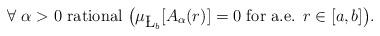
LaTeX: \begin{align*}\forall \textrm{ $\alpha>0$ rational }\bigl(\mu_{\L_b}[A_\alpha(r)]=0\textrm{ for a.e. }r\in[a,b]\bigr).\end{align*}